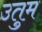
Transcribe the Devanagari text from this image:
उतुम